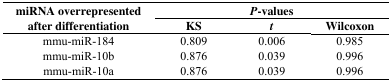
<table><thead><tr><td rowspan="3"><b>miRNA overrepresented after differentiation</b></td><td colspan="3"><b><i>P</i>-values</b></td></tr><tr><td><b>KS</b></td><td><b><i>t</i></b></td><td><b>Wilcoxon</b></td></tr></thead><tbody><tr><td>mmu-miR-184</td><td>0.809</td><td>0.006</td><td>0.985</td></tr><tr><td>mmu-miR-10b</td><td>0.876</td><td>0.039</td><td>0.996</td></tr><tr><td>mmu-miR-10a</td><td>0.876</td><td>0.039</td><td>0.996</td></tr></tbody></table>